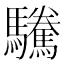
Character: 驣